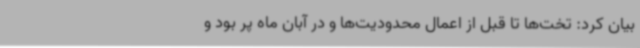
بیان کرد: تخت‌ها تا قبل از اعمال محدودیت‌ها و در آبان ماه پر بود و